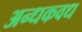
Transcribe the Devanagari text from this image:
अन्धकवध